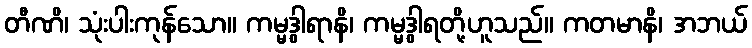
တီဏိ၊ သုံးပါးကုန်သော။ ကမ္မဒွါရာနိ၊ ကမ္မဒွါရတို့ဟူသည်။ ကတမာနိ၊ အဘယ်